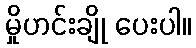
မှိုဟင်းချို ပေးပါ။